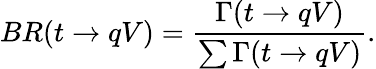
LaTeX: BR(t\rightarrow qV)=\frac{\Gamma(t\rightarrow qV)}{\sum\Gamma(t\rightarrow qV)}.